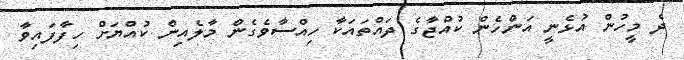
ދެ މީހުން އުޅެނީ އަންހެން ކުއްޖާގެ ދައްތައަކާ ހިއްސާވެގެން މާލެއިން ކުއްޔަށް ހިފާފައިވާ